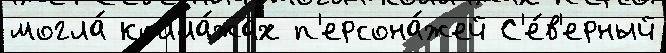
могла́ колла́жах п'ерсона́жей С'е́в'ерный